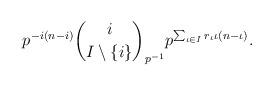
LaTeX: \begin{align*}p^{-i(n-i)} \binom{i}{I \setminus \{ i \} }_{p^{-1}} p^{\sum_{\iota\in I} r_\iota\iota(n-\iota)}.\end{align*}